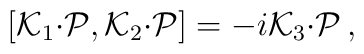
[{\cal K}_{1}{\cdot{\cal P}},{\cal K}_{2}{\cdot{\cal P}}] =-i{\cal K}_{3}{\cdot{\cal P}}\,,